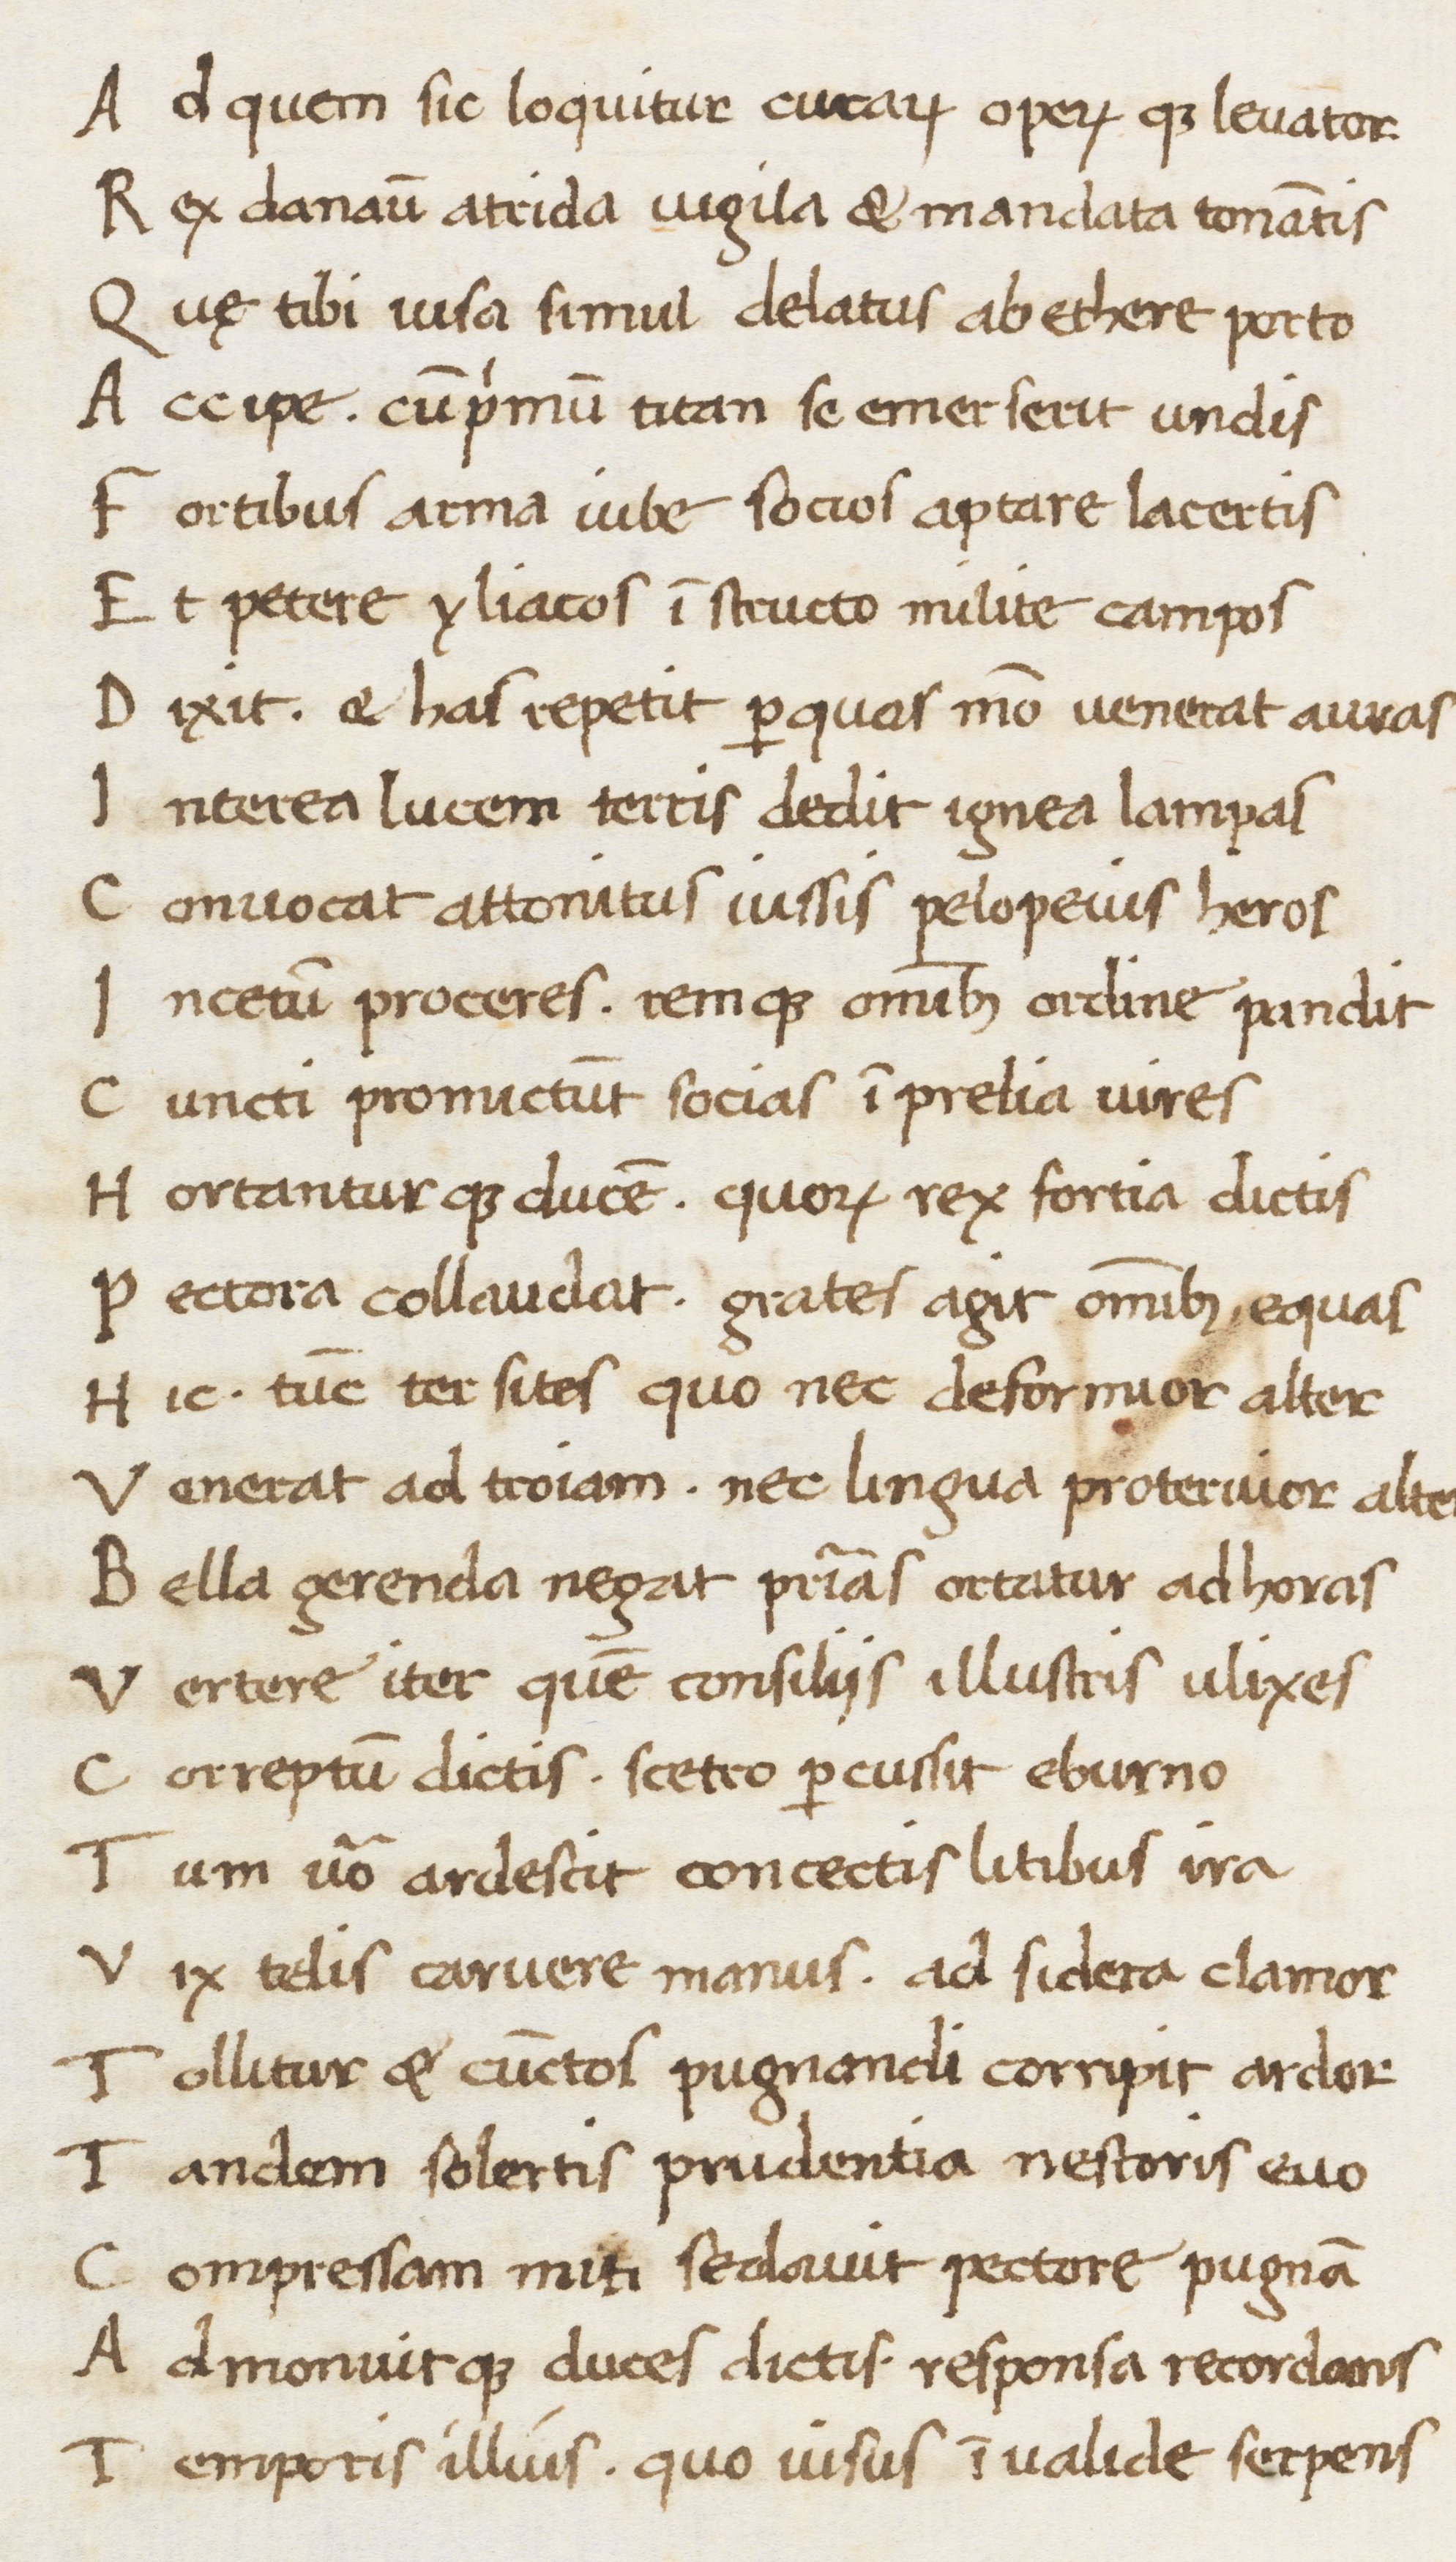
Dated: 1469–1469